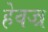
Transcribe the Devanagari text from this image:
हेवज्र